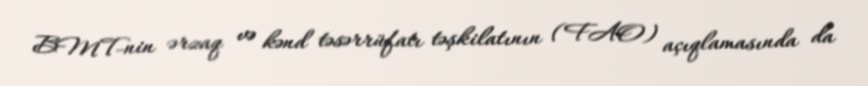
BMT-nin ərzaq və kənd təsərrüfatı təşkilatının (FAO) açıqlamasında da